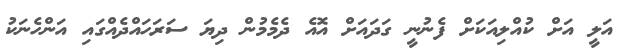
އަލީ އަށް ކުއްލިއަކަށް ފެނުނީ ގަދައަށް އޮއެ ދެމެމުން ދިޔަ ސަރަހައްދެއްގައި އަންހެނަކު